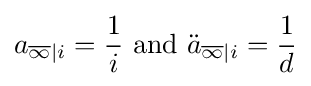
a_{{\overline {\infty }}|i}={\frac {1}{i}}{\text{  and  }}{\ddot {a}}_{{\overline {\infty }}|i}={\frac {1}{d}}